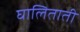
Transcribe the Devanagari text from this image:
घालिताती